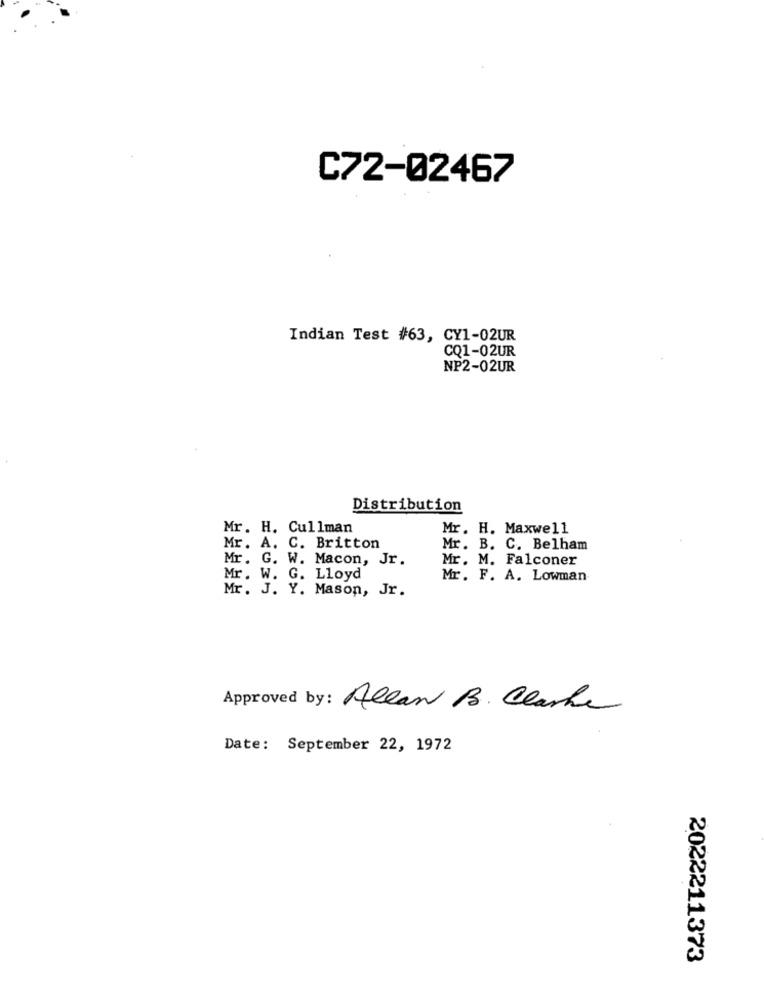
C72-02467
Indian Test #63, CY1-02UR
CQ1-02UR
NP2-02UR
Distribution
Mr. H. Cullman
Mr. H. Maxwell
Mr. A. C. Britton
Mr. B. C. Belham
Mr. G. W. Macon, Jr.
Mr. M. Falconer
Mr. W. G. Lloyd
Mr. F. A. Lowman
Mr. J. Y. Mason, Jr.
Approved by: Allan B. Clarke
Date: September 22, 1972
2022211373